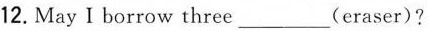
12. May I borrow three___(eraser)?